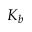
K _ { b }